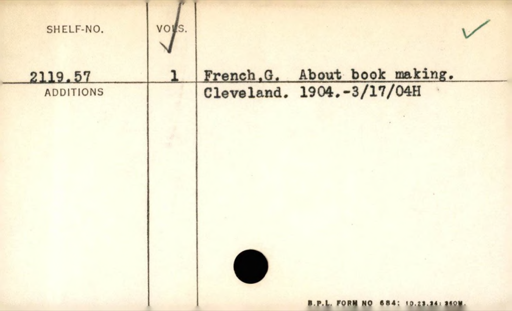
Label: content